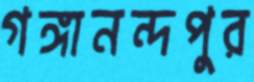
গঙ্গানন্দপুর